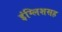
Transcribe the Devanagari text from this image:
इंग्लिशसह